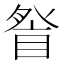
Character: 𭾽